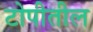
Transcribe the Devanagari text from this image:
टोपीतील